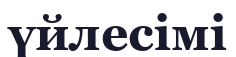
үйлесімі